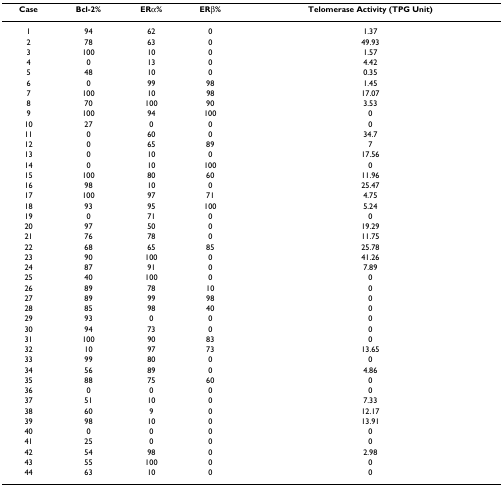
<table><thead><tr><td><b>Case</b></td><td><b>Bcl-2%</b></td><td><b>ERα%</b></td><td><b>ERβ%</b></td><td><b>Telomerase Activity (TPG Unit)</b></td></tr></thead><tbody><tr><td>1</td><td>94</td><td>62</td><td>0</td><td>1.37</td></tr><tr><td>2</td><td>78</td><td>63</td><td>0</td><td>49.93</td></tr><tr><td>3</td><td>100</td><td>10</td><td>0</td><td>1.57</td></tr><tr><td>4</td><td>0</td><td>13</td><td>0</td><td>4.42</td></tr><tr><td>5</td><td>48</td><td>10</td><td>0</td><td>0.35</td></tr><tr><td>6</td><td>0</td><td>99</td><td>98</td><td>1.45</td></tr><tr><td>7</td><td>100</td><td>10</td><td>98</td><td>17.07</td></tr><tr><td>8</td><td>70</td><td>100</td><td>90</td><td>3.53</td></tr><tr><td>9</td><td>100</td><td>94</td><td>100</td><td>0</td></tr><tr><td>10</td><td>27</td><td>0</td><td>0</td><td>0</td></tr><tr><td>11</td><td>0</td><td>60</td><td>0</td><td>34.7</td></tr><tr><td>12</td><td>0</td><td>65</td><td>89</td><td>7</td></tr><tr><td>13</td><td>0</td><td>10</td><td>0</td><td>17.56</td></tr><tr><td>14</td><td>0</td><td>10</td><td>100</td><td>0</td></tr><tr><td>15</td><td>100</td><td>80</td><td>60</td><td>11.96</td></tr><tr><td>16</td><td>98</td><td>10</td><td>0</td><td>25.47</td></tr><tr><td>17</td><td>100</td><td>97</td><td>71</td><td>4.75</td></tr><tr><td>18</td><td>93</td><td>95</td><td>100</td><td>5.24</td></tr><tr><td>19</td><td>0</td><td>71</td><td>0</td><td>0</td></tr><tr><td>20</td><td>97</td><td>50</td><td>0</td><td>19.29</td></tr><tr><td>21</td><td>76</td><td>78</td><td>0</td><td>11.75</td></tr><tr><td>22</td><td>68</td><td>65</td><td>85</td><td>25.78</td></tr><tr><td>23</td><td>90</td><td>100</td><td>0</td><td>41.26</td></tr><tr><td>24</td><td>87</td><td>91</td><td>0</td><td>7.89</td></tr><tr><td>25</td><td>40</td><td>100</td><td>0</td><td>0</td></tr><tr><td>26</td><td>89</td><td>78</td><td>10</td><td>0</td></tr><tr><td>27</td><td>89</td><td>99</td><td>98</td><td>0</td></tr><tr><td>28</td><td>85</td><td>98</td><td>40</td><td>0</td></tr><tr><td>29</td><td>93</td><td>0</td><td>0</td><td>0</td></tr><tr><td>30</td><td>94</td><td>73</td><td>0</td><td>0</td></tr><tr><td>31</td><td>100</td><td>90</td><td>83</td><td>0</td></tr><tr><td>32</td><td>10</td><td>97</td><td>73</td><td>13.65</td></tr><tr><td>33</td><td>99</td><td>80</td><td>0</td><td>0</td></tr><tr><td>34</td><td>56</td><td>89</td><td>0</td><td>4.86</td></tr><tr><td>35</td><td>88</td><td>75</td><td>60</td><td>0</td></tr><tr><td>36</td><td>0</td><td>0</td><td>0</td><td>0</td></tr><tr><td>37</td><td>51</td><td>10</td><td>0</td><td>7.33</td></tr><tr><td>38</td><td>60</td><td>9</td><td>0</td><td>12.17</td></tr><tr><td>39</td><td>98</td><td>10</td><td>0</td><td>13.91</td></tr><tr><td>40</td><td>0</td><td>0</td><td>0</td><td>0</td></tr><tr><td>41</td><td>25</td><td>0</td><td>0</td><td>0</td></tr><tr><td>42</td><td>54</td><td>98</td><td>0</td><td>2.98</td></tr><tr><td>43</td><td>55</td><td>100</td><td>0</td><td>0</td></tr><tr><td>44</td><td>63</td><td>10</td><td>0</td><td>0</td></tr></tbody></table>